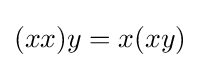
(xx)y=x(xy)